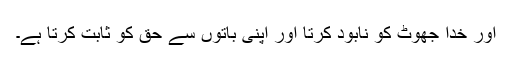
اور خدا جھوٹ کو نابود کرتا اور اپنی باتوں سے حق کو ثابت کرتا ہے۔